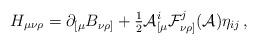
LaTeX: \begin{align*}H_{\mu\nu\rho} = \partial_{[\mu}B_{\nu\rho]} +{\textstyle \frac{1}{2}}{\cal A}^{i}_{[\mu} {\cal F}^{j}_{\nu\rho]}({\cal A})\eta_{ij}\, ,\end{align*}